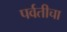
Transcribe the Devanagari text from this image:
पर्वतीचा